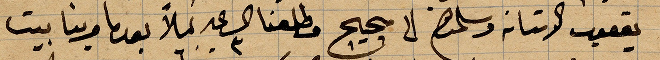
يعقوب الاستانة وسلمانهم الى محج وطلعنا الساعة ٣ ليلاً بعدما جرينا بيت